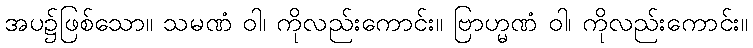
အပ၌ဖြစ်သော။ သမဏံ ဝါ၊ ကိုလည်းကောင်း။ ဗြာဟ္မဏံ ဝါ၊ ကိုလည်းကောင်း။